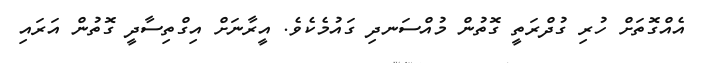
އެއްގޮތަށް ހުރި ގުދްރަތީ ގޮތުން މުއްސަނދި ގައުމެކެވެ. އީރާނަށް އިގްތިސާދީ ގޮތުން އަރައި